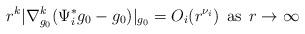
LaTeX: \begin{align*}r^{k}|\nabla_{g_{0}}^{k}(\Psi_i^*g_0 - g_0) |_{g_0} = O_{i}(r^{\nu_i})\;\,{\rm as}\;\,r\to\infty\end{align*}